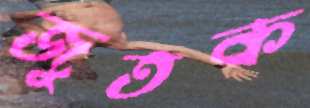
জুতক